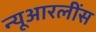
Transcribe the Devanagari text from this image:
न्यूआरलींस